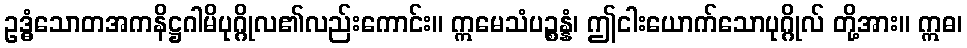
ဥဒ္ဓံသောတအကနိဋ္ဌဂါမိပုဂ္ဂိုလ၏လည်းကောင်း။ ဣမေသံပဉ္စန္နံ၊ ဤငါးယောက်သောပုဂ္ဂိုလ် တို့အား။ ဣဓ၊